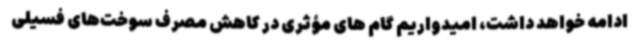
ادامه خواهد داشت، امیدواریم گام های مؤثری در کاهش مصرف سوخت‌های فسیلی